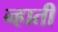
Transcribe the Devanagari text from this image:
न्हाती